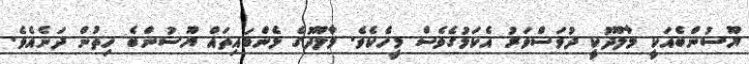
ޔޫސުންބެއަކީ މާލޫދުކީ ދުވަސްވަރު އެކަމުގެވެސް މީހެކެވެ. މާލޫދުގެ ޅެންބައިތައް ޔޫސުންބެ ހިތުން ދަނެއެވެ.